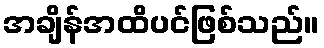
အချိန်အထိပင်ဖြစ်သည်။